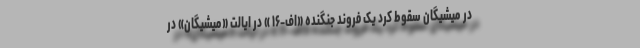
در میشیگان سقوط کرد یک فروند جنگنده «اف-۱۶ » در ایالت «میشیگان» در